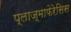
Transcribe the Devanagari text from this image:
प्लाज़्माफेरेसिस